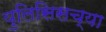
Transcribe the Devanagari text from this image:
युलिसिसच्या